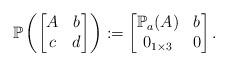
LaTeX: \begin{align*}\mathbb{P}\left(\begin{bmatrix}A & b \\c & d\end{bmatrix}\right) := \begin{bmatrix}\mathbb{P}_a(A) & b\\0_{1 \times 3} & 0\end{bmatrix}.\end{align*}